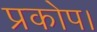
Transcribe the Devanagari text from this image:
प्रकोप।